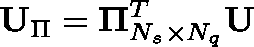
\mathbf { U } _ { \Pi } = \mathbf { \Pi } _ { N _ { s } \times N _ { q } } ^ { T } \mathbf { U }